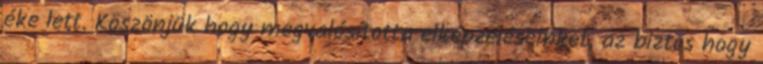
éke lett. Köszönjük hogy megvalósította elképzeléseinket, az biztos hogy